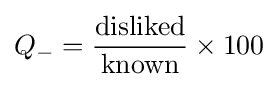
Q_{-}={\frac {\text{disliked}}{\text{known}}}\times 100